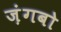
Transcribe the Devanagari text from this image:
ज़ंगबो